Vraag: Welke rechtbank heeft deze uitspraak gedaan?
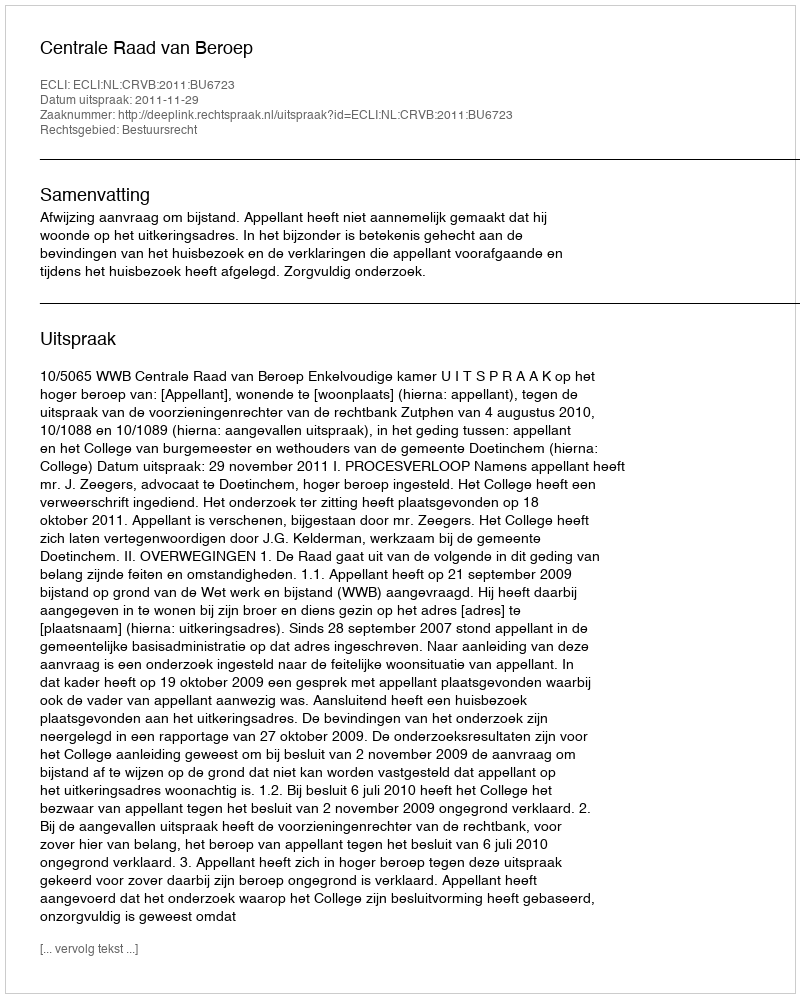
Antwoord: Centrale Raad van Beroep